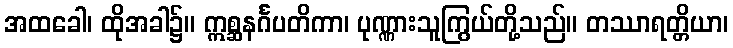
အထခေါ၊ ထိုအခါ၌။ ဣစ္ဆနင်္ဂပတိကာ၊ ပုဏ္ဏားသူကြွယ်တို့သည်။ တဿာရတ္တိယာ၊